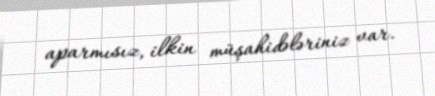
aparmısız, ilkin müşahidələriniz var.